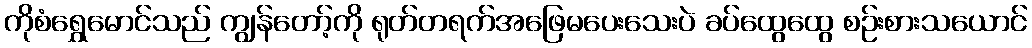
ကိုစံရွှေမောင်သည် ကျွန်တော့်ကို ရုတ်တရက်အဖြေမပေးသေးပဲ ခပ်ထွေထွေ စဉ်းစားသယောင်